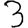
Digit: 3